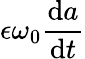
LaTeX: \epsilon\omega_{0}\frac{\mathrm{d}a}{\mathrm{d}t}